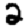
Digit: 2